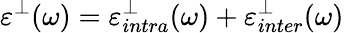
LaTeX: \varepsilon^{\bot}(\omega)=\varepsilon_{intra}^{\bot}(\omega)+\varepsilon_{inter}^{\bot}(\omega)